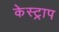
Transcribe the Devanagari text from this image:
केस्ट्राप